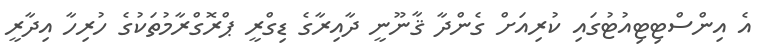
އެ އިންސްޓިޓިއުޓުގައި ކުރިއަށް ގެންދާ ޤާނޫނީ ދާއިރާގެ ޑިގްރީ ޕްރޮގްރާމުތަކުގެ ހުރިހާ އިދާރީ